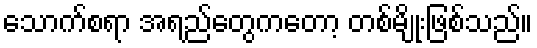
သောက်စရာ အရည်တွေကတော့ တစ်မျိုးဖြစ်သည်။